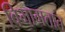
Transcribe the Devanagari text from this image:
विभागतात